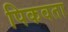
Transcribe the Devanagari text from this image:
पिकवता